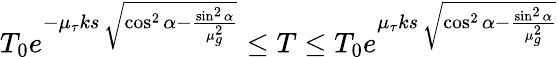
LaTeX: T_{0}e^{-\mu_{\tau}ks\, {\sqrt{\cos^{2}\alpha-{\frac{\sin^{2}\alpha}{\mu_{g}^{2}}}}}}\leq T\leq T_{0}e^{\mu_{\tau}ks\, {\sqrt{\cos^{2}\alpha-{\frac{\sin^{2}\alpha}{\mu_{g}^{2}}}}}}